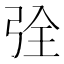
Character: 𮱶